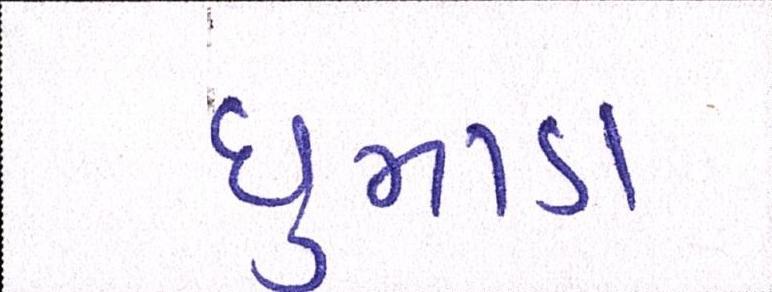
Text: ધુમાડા